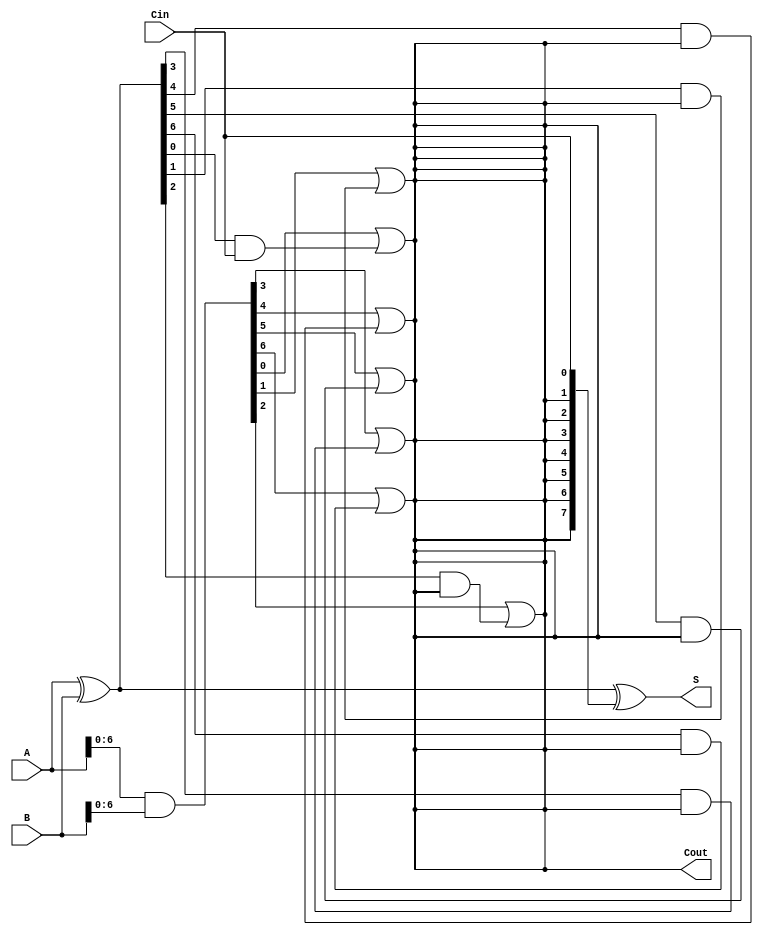
module KoggeStoneAdder #(parameter n = 8) (
    input  [n-1:0] A,      // First input
    input  [n-1:0] B,      // Second input
    input         Cin,      // Carry-in
    output [n-1:0] S,      // Sum output
    output        Cout      // Carry-out
);

    // Generate and Propagate signals
    wire [n-1:0] P; // Propagate
    wire [n-1:0] G; // Generate
    wire [n-1:0] C; // Carry signals

    // Compute Propagate and Generate signals
    assign P = A ^ B; // P[i] = A[i] XOR B[i]
    assign G = A & B; // G[i] = A[i] AND B[i]

    // Stage 0: Initial carry
    assign C[0] = Cin; // C[0] = Cin

    // Carry generation using Kogge-Stone logic
    genvar i, k;
    generate
        for (k = 1; k <= $clog2(n); k = k + 1) begin : carry_generation
            for (i = 0; i < n; i = i + 1) begin : carry_stage
                if (i >= (1 << (k - 1))) begin
                    assign C[i] = G[i - (1 << (k - 1))] | (P[i - (1 << (k - 1))] & C[i - (1 << (k - 1))]);
                end
            end
        end
    endgenerate

    // Sum calculation
    assign S = P ^ C[n-1:0]; // S[i] = P[i] XOR C[i-1]

    // Final carry-out
    assign Cout = C[n-1];

endmodule